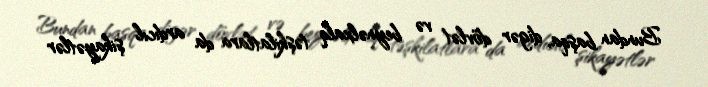
Bundan başqa, digər dövlət və beynəlxalq təşkilatlara da ardıcıl şikayətlər